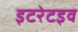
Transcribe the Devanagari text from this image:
इटरेटइव